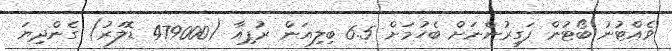
ވެއްޓުނު ބޯޓުން ފަގީރުންނަށް ބެހުމަށް 6.5 ބިލިއަން ރުޕިއާ (479000 ޑޮލަރު) ގެންދިޔަ